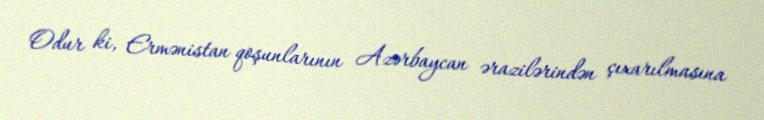
Odur ki, Ermənistan qoşunlarının Azərbaycan ərazilərindən çıxarılmasına